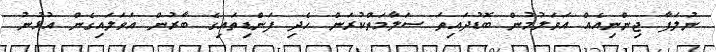
ނުލަފާ ޖިންނިއެއް އަވަލުމުން ބޮޑުދައިތަ ސަލާމަތްކުރަން ހެދި ފަންޑިތައިގެ ބާރުން އަވަލައިގެން އުޅުނު